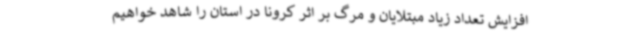
افزایش تعداد زیاد مبتلایان و مرگ بر اثر کرونا در استان را شاهد خواهیم